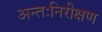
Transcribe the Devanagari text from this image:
अन्तःनिरीक्षण